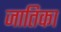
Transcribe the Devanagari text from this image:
जातिका